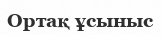
Ортақ ұсыныс